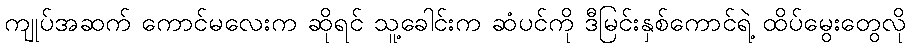
ကျုပ်အဆက် ကောင်မလေးက ဆိုရင် သူ့ခေါင်းက ဆံပင်ကို ဒီမြင်းနှစ်ကောင်ရဲ့ ထိပ်မွေးတွေလို